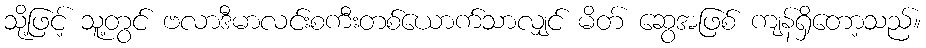
သို့ဖြင့် သူ့တွင် ဗလာဒီမာလင်းစကီးတစ်ယောက်သာလျှင် မိတ် ဆွေအဖြစ် ကျန်ရှိတော့သည်။